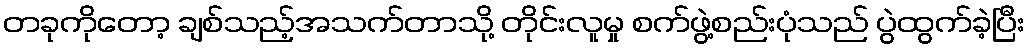
တခုကိုတော့ ချစ်သည့်အသက်တာသို့ တိုင်းလူမှု စက်ဖွဲ့စည်းပုံသည် ပွဲထွက်ခဲ့ပြီး